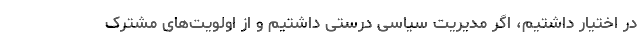
در اختیار داشتیم، اگر مدیریت سیاسی درستی داشتیم و از اولویت‌های مشترک